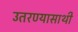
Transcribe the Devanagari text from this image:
उतरण्यासाथी